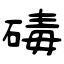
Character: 碡